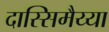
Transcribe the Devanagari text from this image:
दास्सिमैय्या